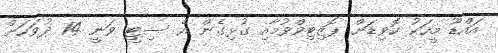
އައްޑޫ މީހަކު ކޮވިޑަށް ޕޮޒިޓިވްވުމާއި ގުޅިގެން އެ ސިޓީ ވަނީ 14 ދުވަހަށް